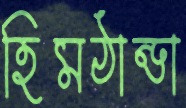
হিমঠান্ডা